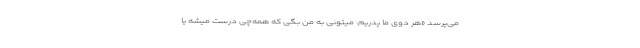
می‌پرسد «هر دوی ما پدریم. میتونی به من بگی که همه‌چی درست میشه یا